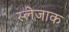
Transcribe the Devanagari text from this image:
स्लेजाक